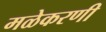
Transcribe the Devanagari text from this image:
मळेकरणी